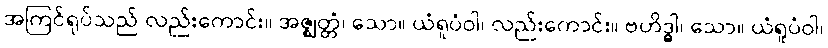
အကြင်ရုပ်သည် လည်းကောင်း။ အဇ္ဈတ္တံ၊ သော။ ယံရူပံဝါ၊ လည်းကောင်း။ ဗဟိဒ္ဓါ၊ သော။ ယံရူပံဝါ၊